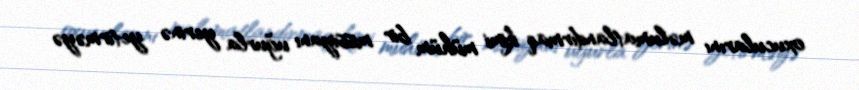
oxucularını məlumatlandırmaq kimi mühüm bir missiyanı uğurla yerinə yetirməyə